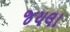
જયલા